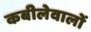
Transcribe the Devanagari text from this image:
कबीलेवालों